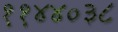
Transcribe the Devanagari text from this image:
११४४०३८